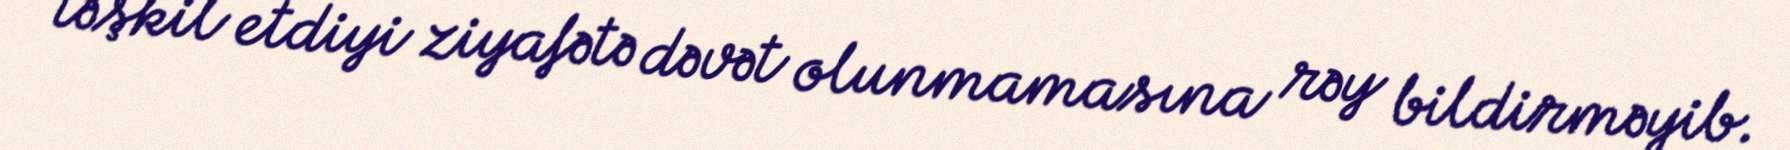
təşkil etdiyi ziyafətə dəvət olunmamasına rəy bildirməyib.